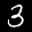
Label: 3